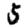
Digit: 5